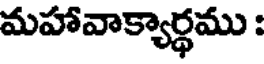
మహావాక్యార్థము :